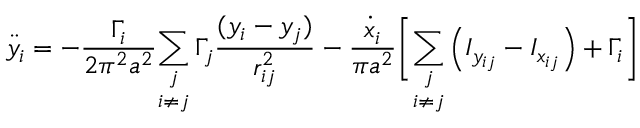
\ddot { y } _ { i } = - \frac { \Gamma _ { i } } { 2 \pi ^ { 2 } a ^ { 2 } } \underset { i \neq j } { \sum _ { j } } \, \Gamma _ { j } \frac { ( y _ { i } - y _ { j } ) } { r _ { i j } ^ { 2 } } - \frac { \dot { x } _ { i } } { \pi a ^ { 2 } } \biggr [ \underset { i \neq j } { \sum _ { j } } \left( I _ { y _ { i j } } - I _ { x _ { i j } } \right) + \Gamma _ { i } \biggr ]